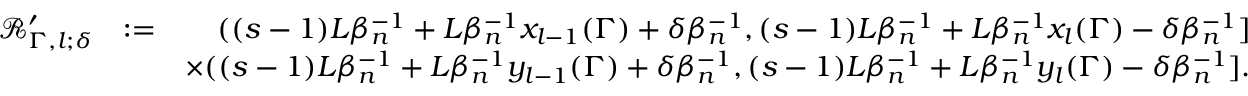
\begin{array} { r l r } { \mathscr { R } _ { \Gamma , l ; \delta } ^ { \prime } } & { : = } & { ( ( s - 1 ) L \beta _ { n } ^ { - 1 } + L \beta _ { n } ^ { - 1 } x _ { l - 1 } ( \Gamma ) + \delta \beta _ { n } ^ { - 1 } , ( s - 1 ) L \beta _ { n } ^ { - 1 } + L \beta _ { n } ^ { - 1 } x _ { l } ( \Gamma ) - \delta \beta _ { n } ^ { - 1 } ] } \\ & { } & { \times ( ( s - 1 ) L \beta _ { n } ^ { - 1 } + L \beta _ { n } ^ { - 1 } y _ { l - 1 } ( \Gamma ) + \delta \beta _ { n } ^ { - 1 } , ( s - 1 ) L \beta _ { n } ^ { - 1 } + L \beta _ { n } ^ { - 1 } y _ { l } ( \Gamma ) - \delta \beta _ { n } ^ { - 1 } ] . } \end{array}